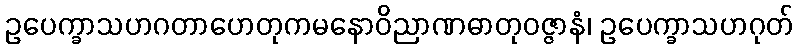
ဥပေက္ခာသဟဂတာဟေတုကမနောဝိညာဏဓာတုဝဇ္ဇာနံ၊ ဥပေက္ခာသဟဂုတ်